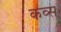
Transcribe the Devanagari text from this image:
कव्स